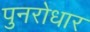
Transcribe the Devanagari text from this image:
पुनरोधार